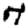
Digit: 7